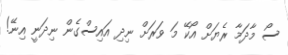
ސޯ މާދަމާ ރެޔަށް އޯކޭ މަ ވަރަށް ނިދި އައިސްގެން ނިދަނީ އިނޭ!